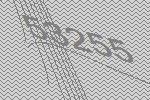
53255